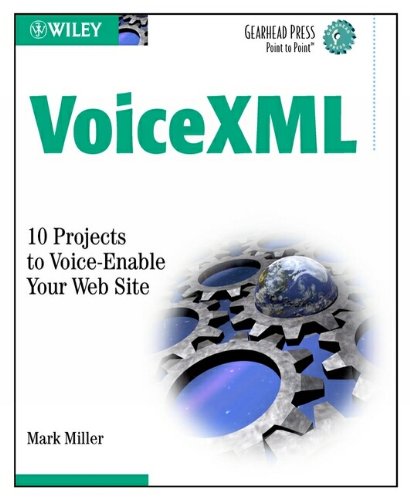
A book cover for VoiceXML: 10 Projects to Voice Enable Your Web Site (Gearhead Press); Mark A. Miller; Computers & Technology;